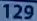
129